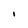
Character: I